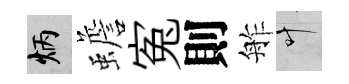
炳蟾寃則舴叶